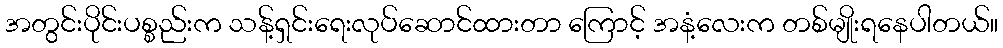
အတွင်းပိုင်းပစ္စည်းက သန့်ရှင်းရေးလုပ်ဆောင်ထားတာ ကြောင့် အနံ့လေးက တစ်မျိုးရနေပါတယ်။